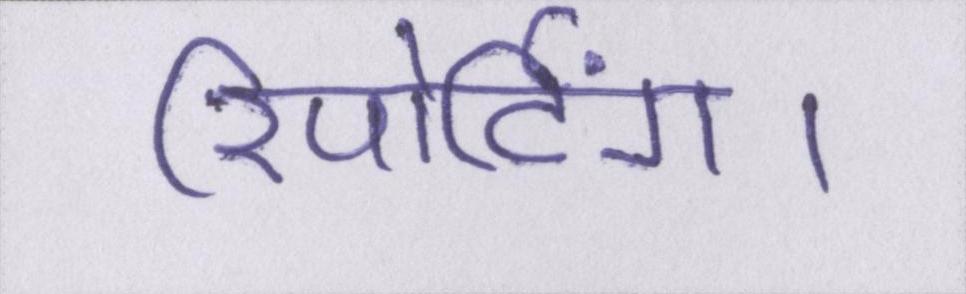
रिपोर्टिंग।